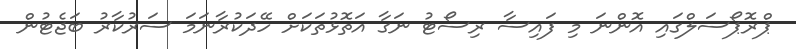
ޕްރޮޕޯސަލްގައި އޮންނަ މި ފައިސާ ރިސޯޓު ނަގާ އަތޮޅުތަކަށް ހޭދަކުރާނަމަ ސަރުކާރު ބަޖެޓުން